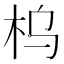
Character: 𱣂